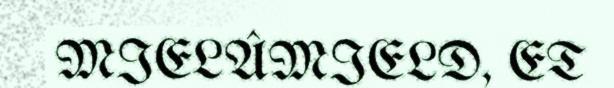
MIELÂMIELD, ET